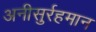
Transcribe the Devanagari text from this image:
अनीसुर्रहमान